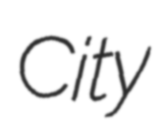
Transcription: City